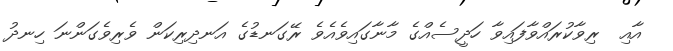
އާއި  ރިވާކުރައްވާފައިވާ ހަދީސެއްގެ މާނާގައިވެއެވެ ރޭގަނޑުގެ އަނދިރިކަން ވެރިވެގަންނަ ހިނދު